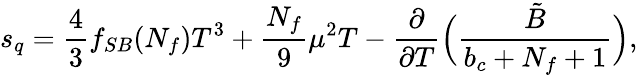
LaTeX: s_{q}={\frac{4}{3}}f_{SB}(N_{f})T^{3}+{\frac{N_{f}}{9}}\mu^{2}T-{\frac{\partial}{\partial T}}\Bigl({\frac{\tilde{B}}{b_{c}+N_{f}+1}}\Bigr),